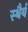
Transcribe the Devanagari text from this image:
स्‍थैर्य